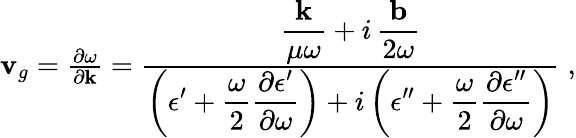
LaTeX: \begin{array}{r}{{\mathbf v}_{g}=\frac{\partial\omega}{\partial{\mathbf k}}=\frac{\displaystyle\frac{{\mathbf k}}{\mu\omega}+i\, \frac{{\mathbf b}}{2\omega}}{\displaystyle\left(\epsilon^{\prime}+\frac{\omega}{2}\frac{\partial\epsilon^{\prime}}{\partial\omega}\right)+i\left(\epsilon^{\prime\prime}+\frac{\omega}{2}\frac{\partial\epsilon^{\prime\prime}}{\partial\omega}\right)}\; ,}\end{array}